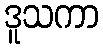
ဒူသကာ